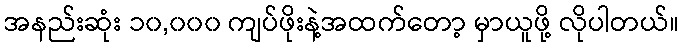
အနည်းဆုံး ၁၀,၀၀၀ ကျပ်ဖိုးနဲ့အထက်တော့ မှာယူဖို့ လိုပါတယ်။